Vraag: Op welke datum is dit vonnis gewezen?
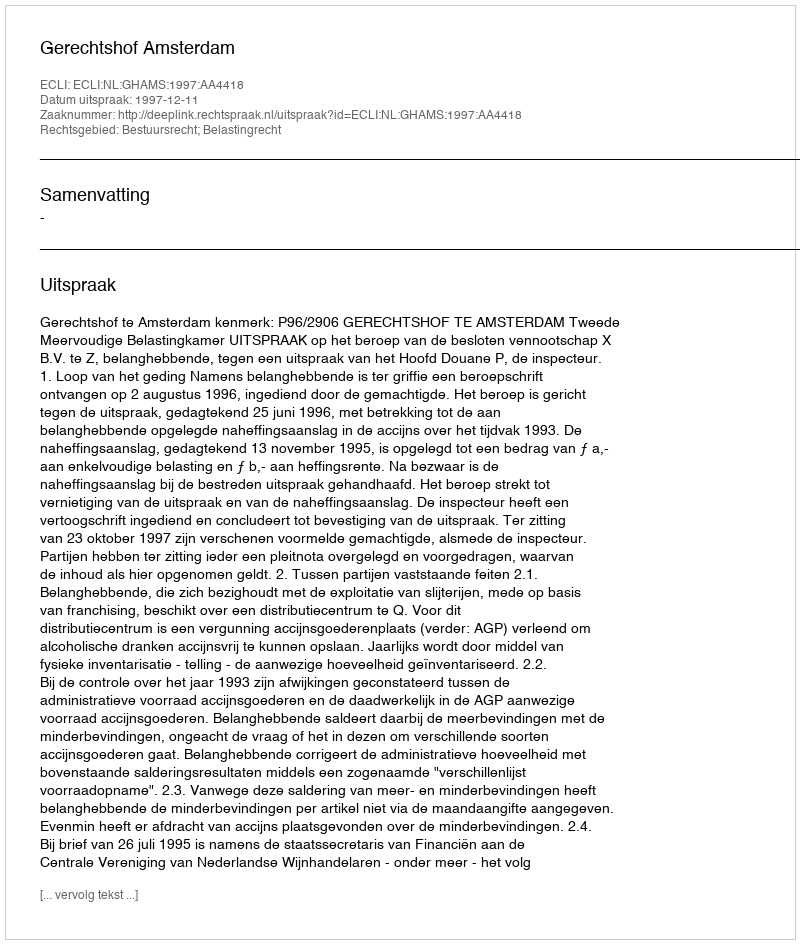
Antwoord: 1997-12-11